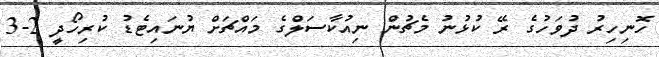
ހޮނިހިރު ދުވަހުގެ ރޭ ކުޅުނު މެޗުން ނިއުކާސަލްގެ މައްޗަށް ޔުނައިޓެޑު ކުރިހޯދީ 2-3